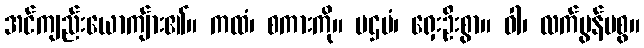
အင်ကျည်းယောကျ်ား၏။ ကထံ၊ စကားကို။ ပဌမံ၊ ရှေးဦးစွာ။ ဝါ၊ လက်မွန်မစွ။